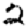
Digit: 2